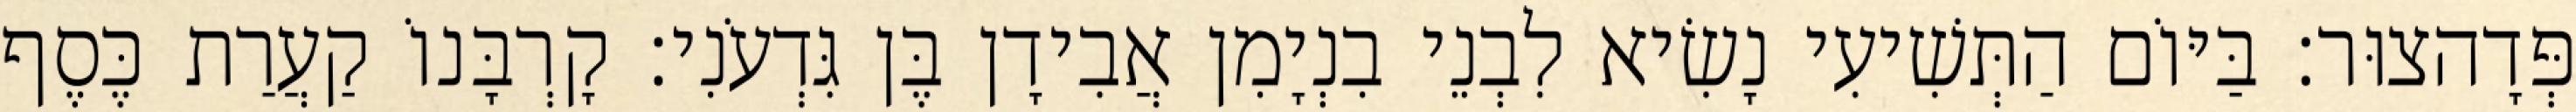
פְּדָהצוּר׃ בַּיּוֹם הַתְּשִׁיעִי נָשִׂיא לִבְנֵי בִנְיָמִן אֲבִידָן בֶּן גִּדְעֹנִי׃ קָרְבָּנוֹ קַעֲרַת כֶּסֶף